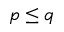
p \le q